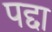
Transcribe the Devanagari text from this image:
पद्दा